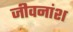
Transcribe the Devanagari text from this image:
जीवनांश